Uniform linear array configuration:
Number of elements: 32
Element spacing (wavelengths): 1
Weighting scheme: exponential
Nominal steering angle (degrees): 0
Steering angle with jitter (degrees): -0.229
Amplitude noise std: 0.05
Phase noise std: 0.05

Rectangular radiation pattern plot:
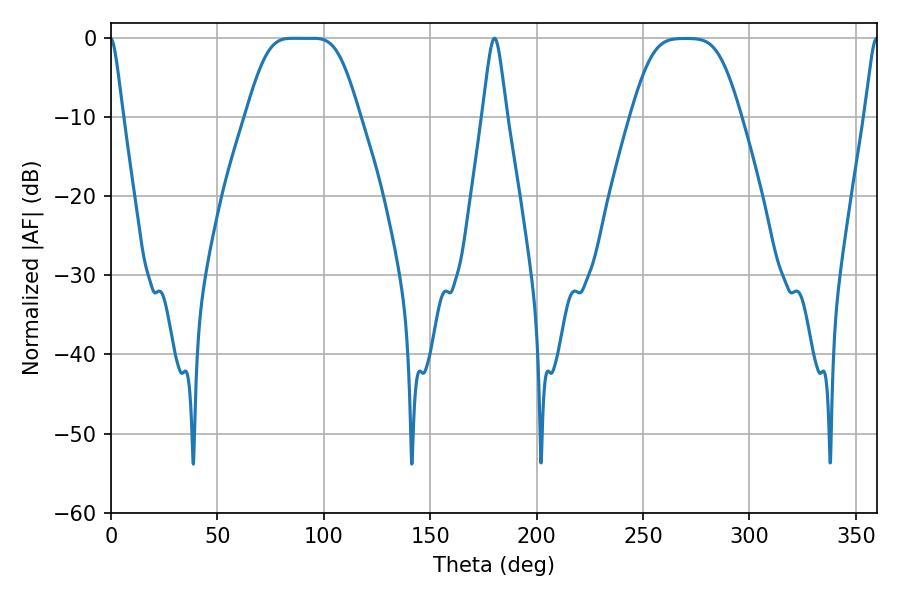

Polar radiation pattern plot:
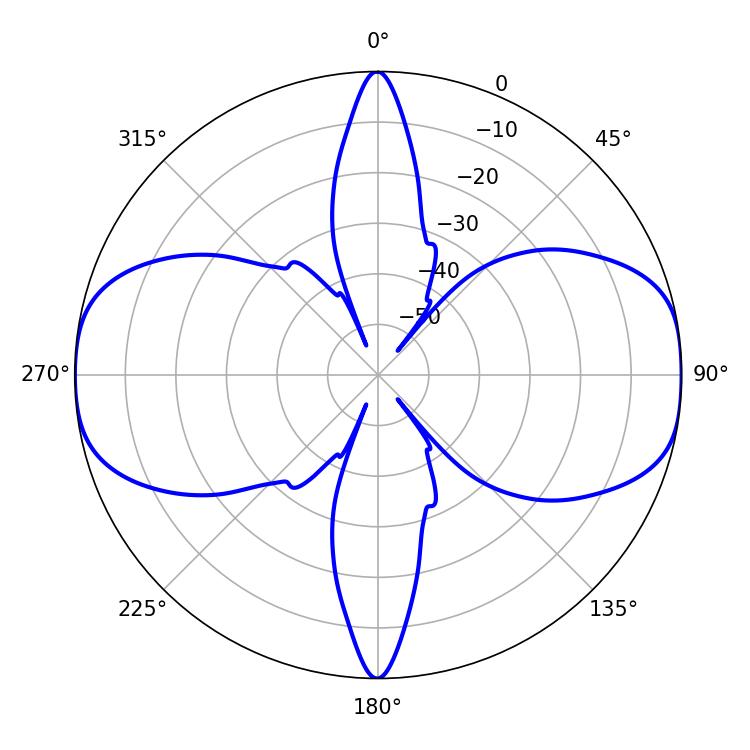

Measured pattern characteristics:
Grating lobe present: TRUE
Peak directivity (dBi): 16.033
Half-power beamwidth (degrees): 37.44
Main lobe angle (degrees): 85.14